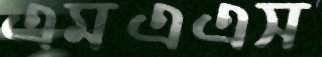
এমএএস